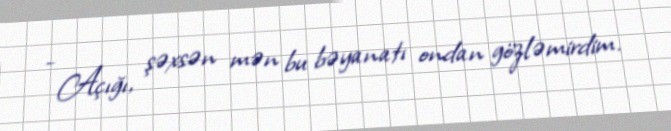
- Açığı, şəxsən mən bu bəyanatı ondan gözləmirdim.